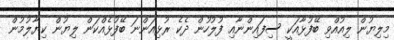
މިލިޔުން ލިއުއްވި ބޭފުޅާއަކީ ސިފައިންނާއި ފުލުހުން ދެކެ ރުޅިއަންނަ ބޭފުޅެއްކަން ލިޔުން ކިޔާލުމުން